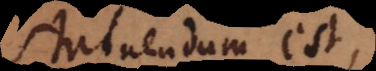
statuendum est,